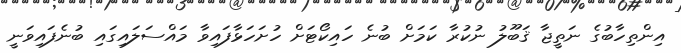
އިންތިހާބުގެ ނަތީޖާ ޤަބޫލު ނުކުރާ ކަމަށް ބުނެ ހައިކޯޓަށް ހުށަހަޅާފައިވާ މައްސަލައިގައި ބުނެފައިވަނީ